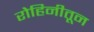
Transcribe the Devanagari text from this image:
रोहिनीतून